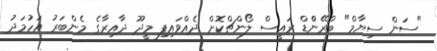
"ސަން ސިޔާމް" ބްރޭންްޑް ރައީސް ލޯންޗްކޮށް ދެއްވައިފި މީދޫ ދާއިރާގެ މެންބަރު އަހުމަދު